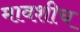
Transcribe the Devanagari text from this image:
मावशीच